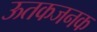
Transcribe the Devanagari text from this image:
ऊतकजनक